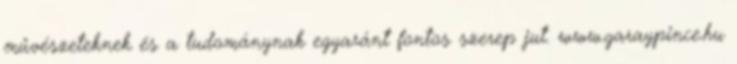
művészeteknek és a tudománynak egyaránt fontos szerep jut. www.garaypince.hu